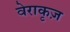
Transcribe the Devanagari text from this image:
वेराकृज़